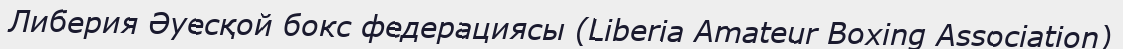
Либерия Әуесқой бокс федерациясы (Liberia Amateur Boxing Association)